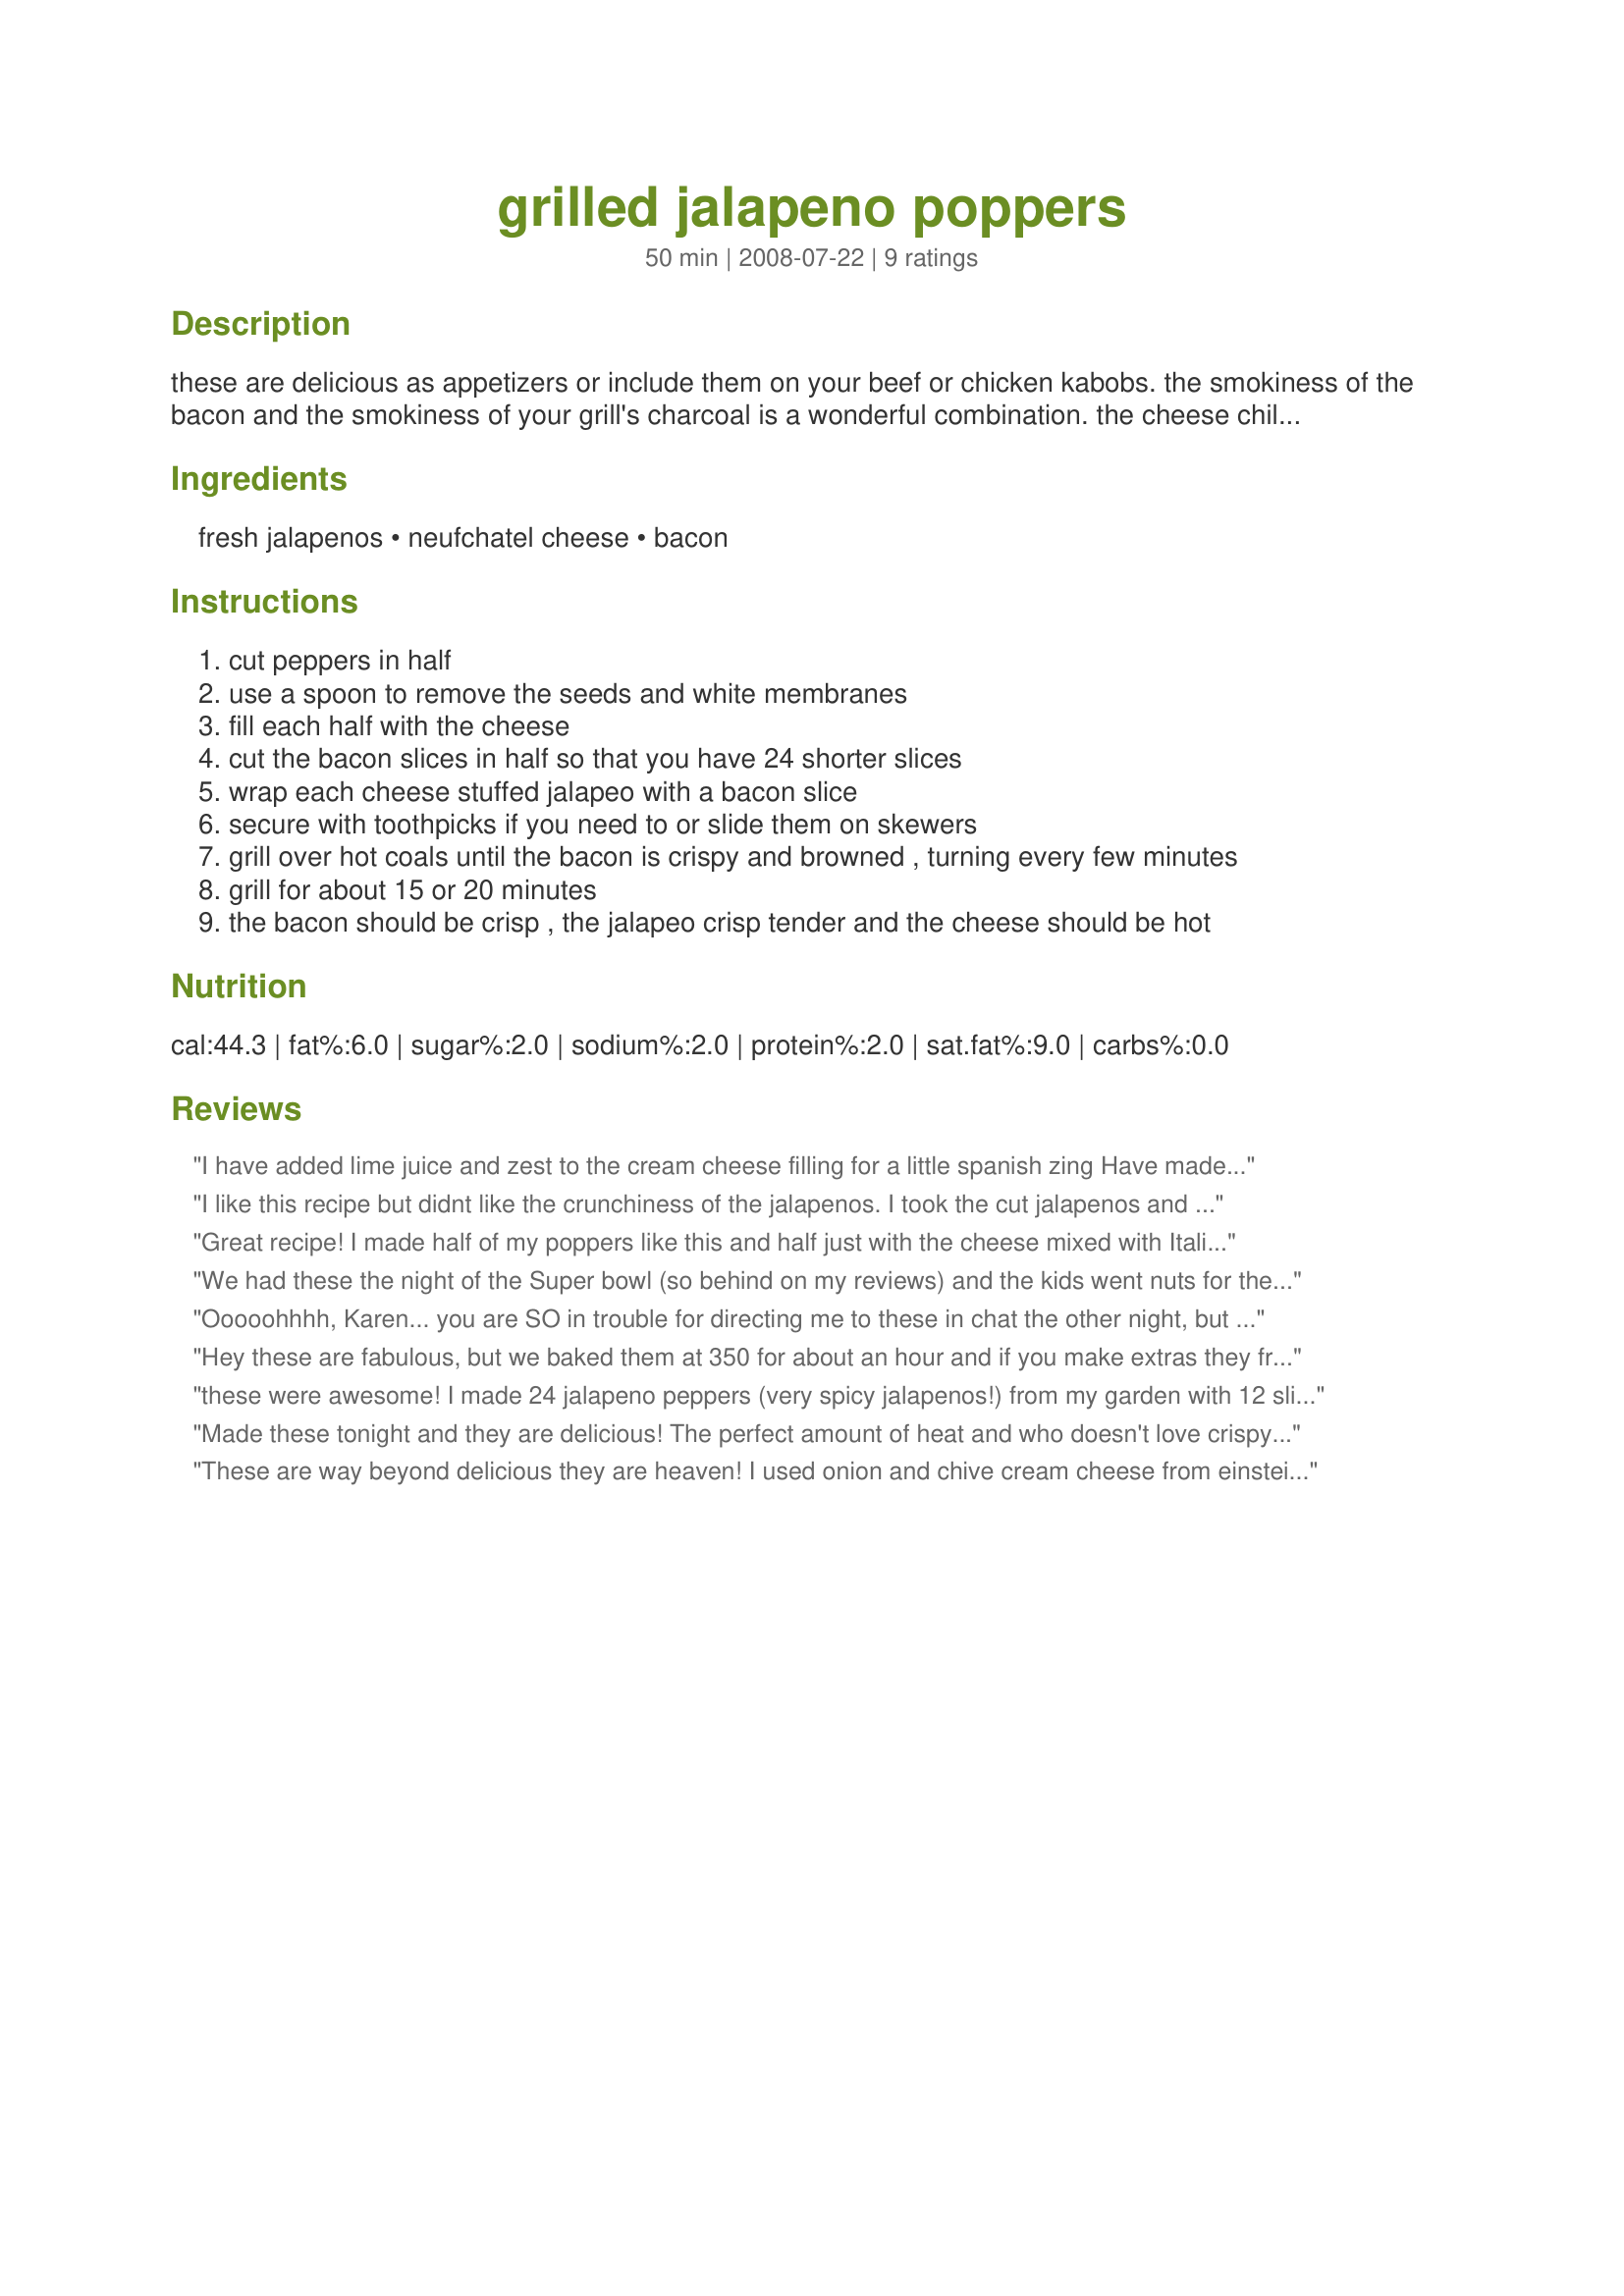
grilled jalapeno poppers
Preparation time: 50 minutes

these are delicious as appetizers or include them on your beef or chicken kabobs. the smokiness of the bacon and the smokiness of your grill's charcoal is a wonderful combination. the cheese chills out the heat of the jalapeños leaving them just slightly hot. dip them in ranch dressing to chill the heat even more. cream cheese is a perfect substitute for neufchatel cheese.

Ingredients:
fresh jalapenos, neufchatel cheese, bacon

Steps:
cut peppers in half
use a spoon to remove the seeds and white membranes
fill each half with the cheese
cut the bacon slices in half so that you have 24 shorter slices
wrap each cheese stuffed jalapeo with a bacon slice
secure with toothpicks if you need to or slide them on skewers
grill over hot coals until the bacon is crispy and browned , turning every few minutes
grill for about 15 or 20 minutes
the bacon should be crisp , the jalapeo crisp tender and the cheese should be hot

Reviews:
I have added lime juice and zest to the cream cheese filling for a little spanish zing Have made these a couple of times now to unanimous cheers. Made a large plate for a house warming party and the boys nearly fought to eat the last ones! I served them with store bought cherry dipping sauce. Thanks for an easy and addicting recipe. Also FYI do not, I repeat DO NOT fix your contact lenses anytime in the same day you make this recipe. (Trust me on this one folks, even washing your hands more than five times does not help!)
I like this recipe but didnt like the crunchiness of the jalapenos. I took the cut jalapenos and boiled them for about 5 minutes to soften them. Then I followed the recipe as written. I could have finished them all MYSELF! Thanks for this recipe!
Great recipe! I made half of my poppers like this and half just with the cheese mixed with Italian sausage. They disappeared in a flash! and really, they were terrific cold too! Definitely on my entertaining menu from now on.
We had these the night of the Super bowl (so behind on my reviews) and the kids went nuts for them. I now have to make them at least every couple of weeks or they are bugging me about it! Sometimes I add salsa in with the cream cheese. Other times I add in some chopped chives, and once I even added in some canned crab. They are all good!
Ooooohhhh, Karen... you are SO in trouble for directing me to these in chat the other night, but I'm sure you had an inkling it would happen. My husband and I have had twin hankerings for these ever since we polished off a half a batch last night and it's all I can do to keep from going to the store for more peppers. In fact the ONLY thing that stopped me was the stupid flat tire I got today. But I digress... Ok, I changed an entire third of this recipe by using cream cheese as it's all I had, but I read where it's similar enough to substitute for Neufchatel, so I went for it. ALL PRAISE THE POPPER! By removing all the heat components, the result was a burn-free experience that will be duplicated pretty soon. (1 hour from now constitutes "pretty soon", right?) Oh! Almost forgot to mention - on the advice of some wonderful and available folks in chat last night, I was able to adapt them to the oven; 350F for 50 minutes, turning 1/4 turn twice during cooking. I assured that the whole experience resulted in an incontrovertible felony, (punishable by 7 straight days of a dressing-free iceberg lettuce salad *gasp!*), by dipping the glorious little popper beasties into ranch dressing. I'm going straight to H.E.DoubleToothpick for my sins.
Hey these are fabulous, but we baked them at 350 for about an hour and if you make extras they freeze nicely
these were awesome! I made 24 jalapeno peppers (very spicy jalapenos!) from my garden with 12 slices of thick sliced bacon cut in half, I used the neufchatel cheese, next time it will be flavored cream cheese, easy and so good and the plus to these is that you can prepare them earlier in the day to grill in the evening, thanks for sharing Karen, will make again!
Made these tonight and they are delicious! The perfect amount of heat and who doesn't love crispy bacon? I used dill/onion flavored cream cheese spread and thick cut peppered bacon. This will be on my list for the next get together. Thanks for sharing! Follow-up: I think I may use thin cut bacon next time as I felt the bacon overpowered the peppers a bit. A delicious combination regardless!
These are way beyond delicious they are heaven! I used onion and chive cream cheese from einsteins bros bagels and they were addicting! Thank you so much!
